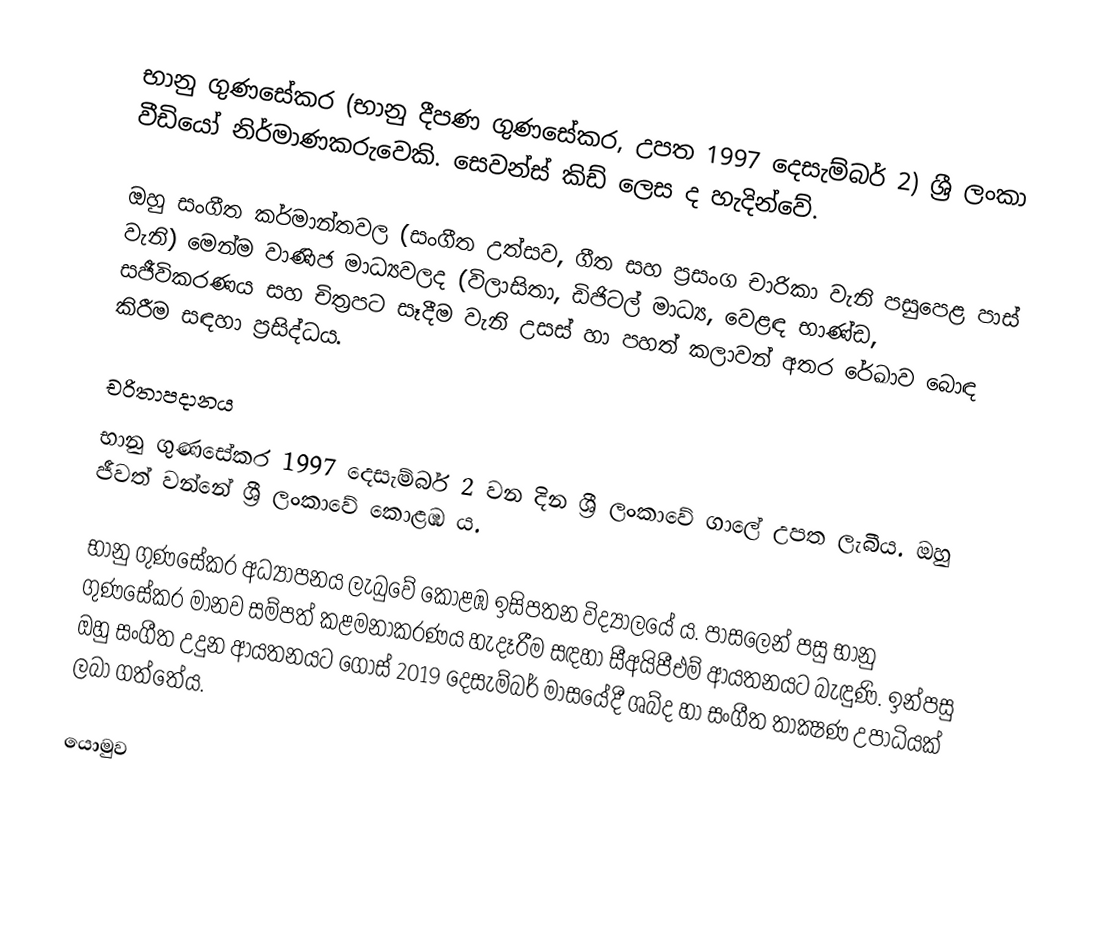
භානු ගුණසේකර (භානු දීපණ ගුණසේකර, උපත 1997 දෙසැම්බර් 2) ශ්‍රී ලංකා වීඩියෝ නිර්මාණකරුවෙකි. සෙවන්ස් කිඩ් ලෙස ද හැදින්වේ.

ඔහු සංගීත කර්මාන්තවල (සංගීත උත්සව, ගීත සහ ප්‍රසංග චාරිකා වැනි පසුපෙළ පාස් වැනි) මෙන්ම වාණිජ මාධ්‍යවලද (විලාසිතා, ඩිජිටල් මාධ්‍ය, වෙළඳ භාණ්ඩ, සජීවිකරණය සහ චිත්‍රපට සෑදීම වැනි උසස් හා පහත් කලාවන් අතර රේඛාව බොඳ කිරීම සඳහා ප්‍රසිද්ධය.

චරිතාපදානය
භානු ගුණසේකර 1997 දෙසැම්බර් 2 වන දින ශ්‍රී ලංකාවේ ගාලේ උපත ලැබීය. ඔහු ජීවත් වන්නේ ශ්‍රී ලංකාවේ කොළඹ ය.

භානු ගුණසේකර අධ්‍යාපනය ලැබුවේ කොළඹ ඉසිපතන විද්‍යාලයේ ය. පාසලෙන් පසු භානු ගුණසේකර මානව සම්පත් කළමනාකරණය හැදෑරීම සඳහා සීඅයිපීඑම් ආයතනයට බැඳුණි. ඉන්පසු ඔහු සංගීත උදුන ආයතනයට ගොස් 2019 දෙසැම්බර් මාසයේදී ශබ්ද හා සංගීත තාක්‍ෂණ උපාධියක් ලබා ගත්තේය.

යොමුව